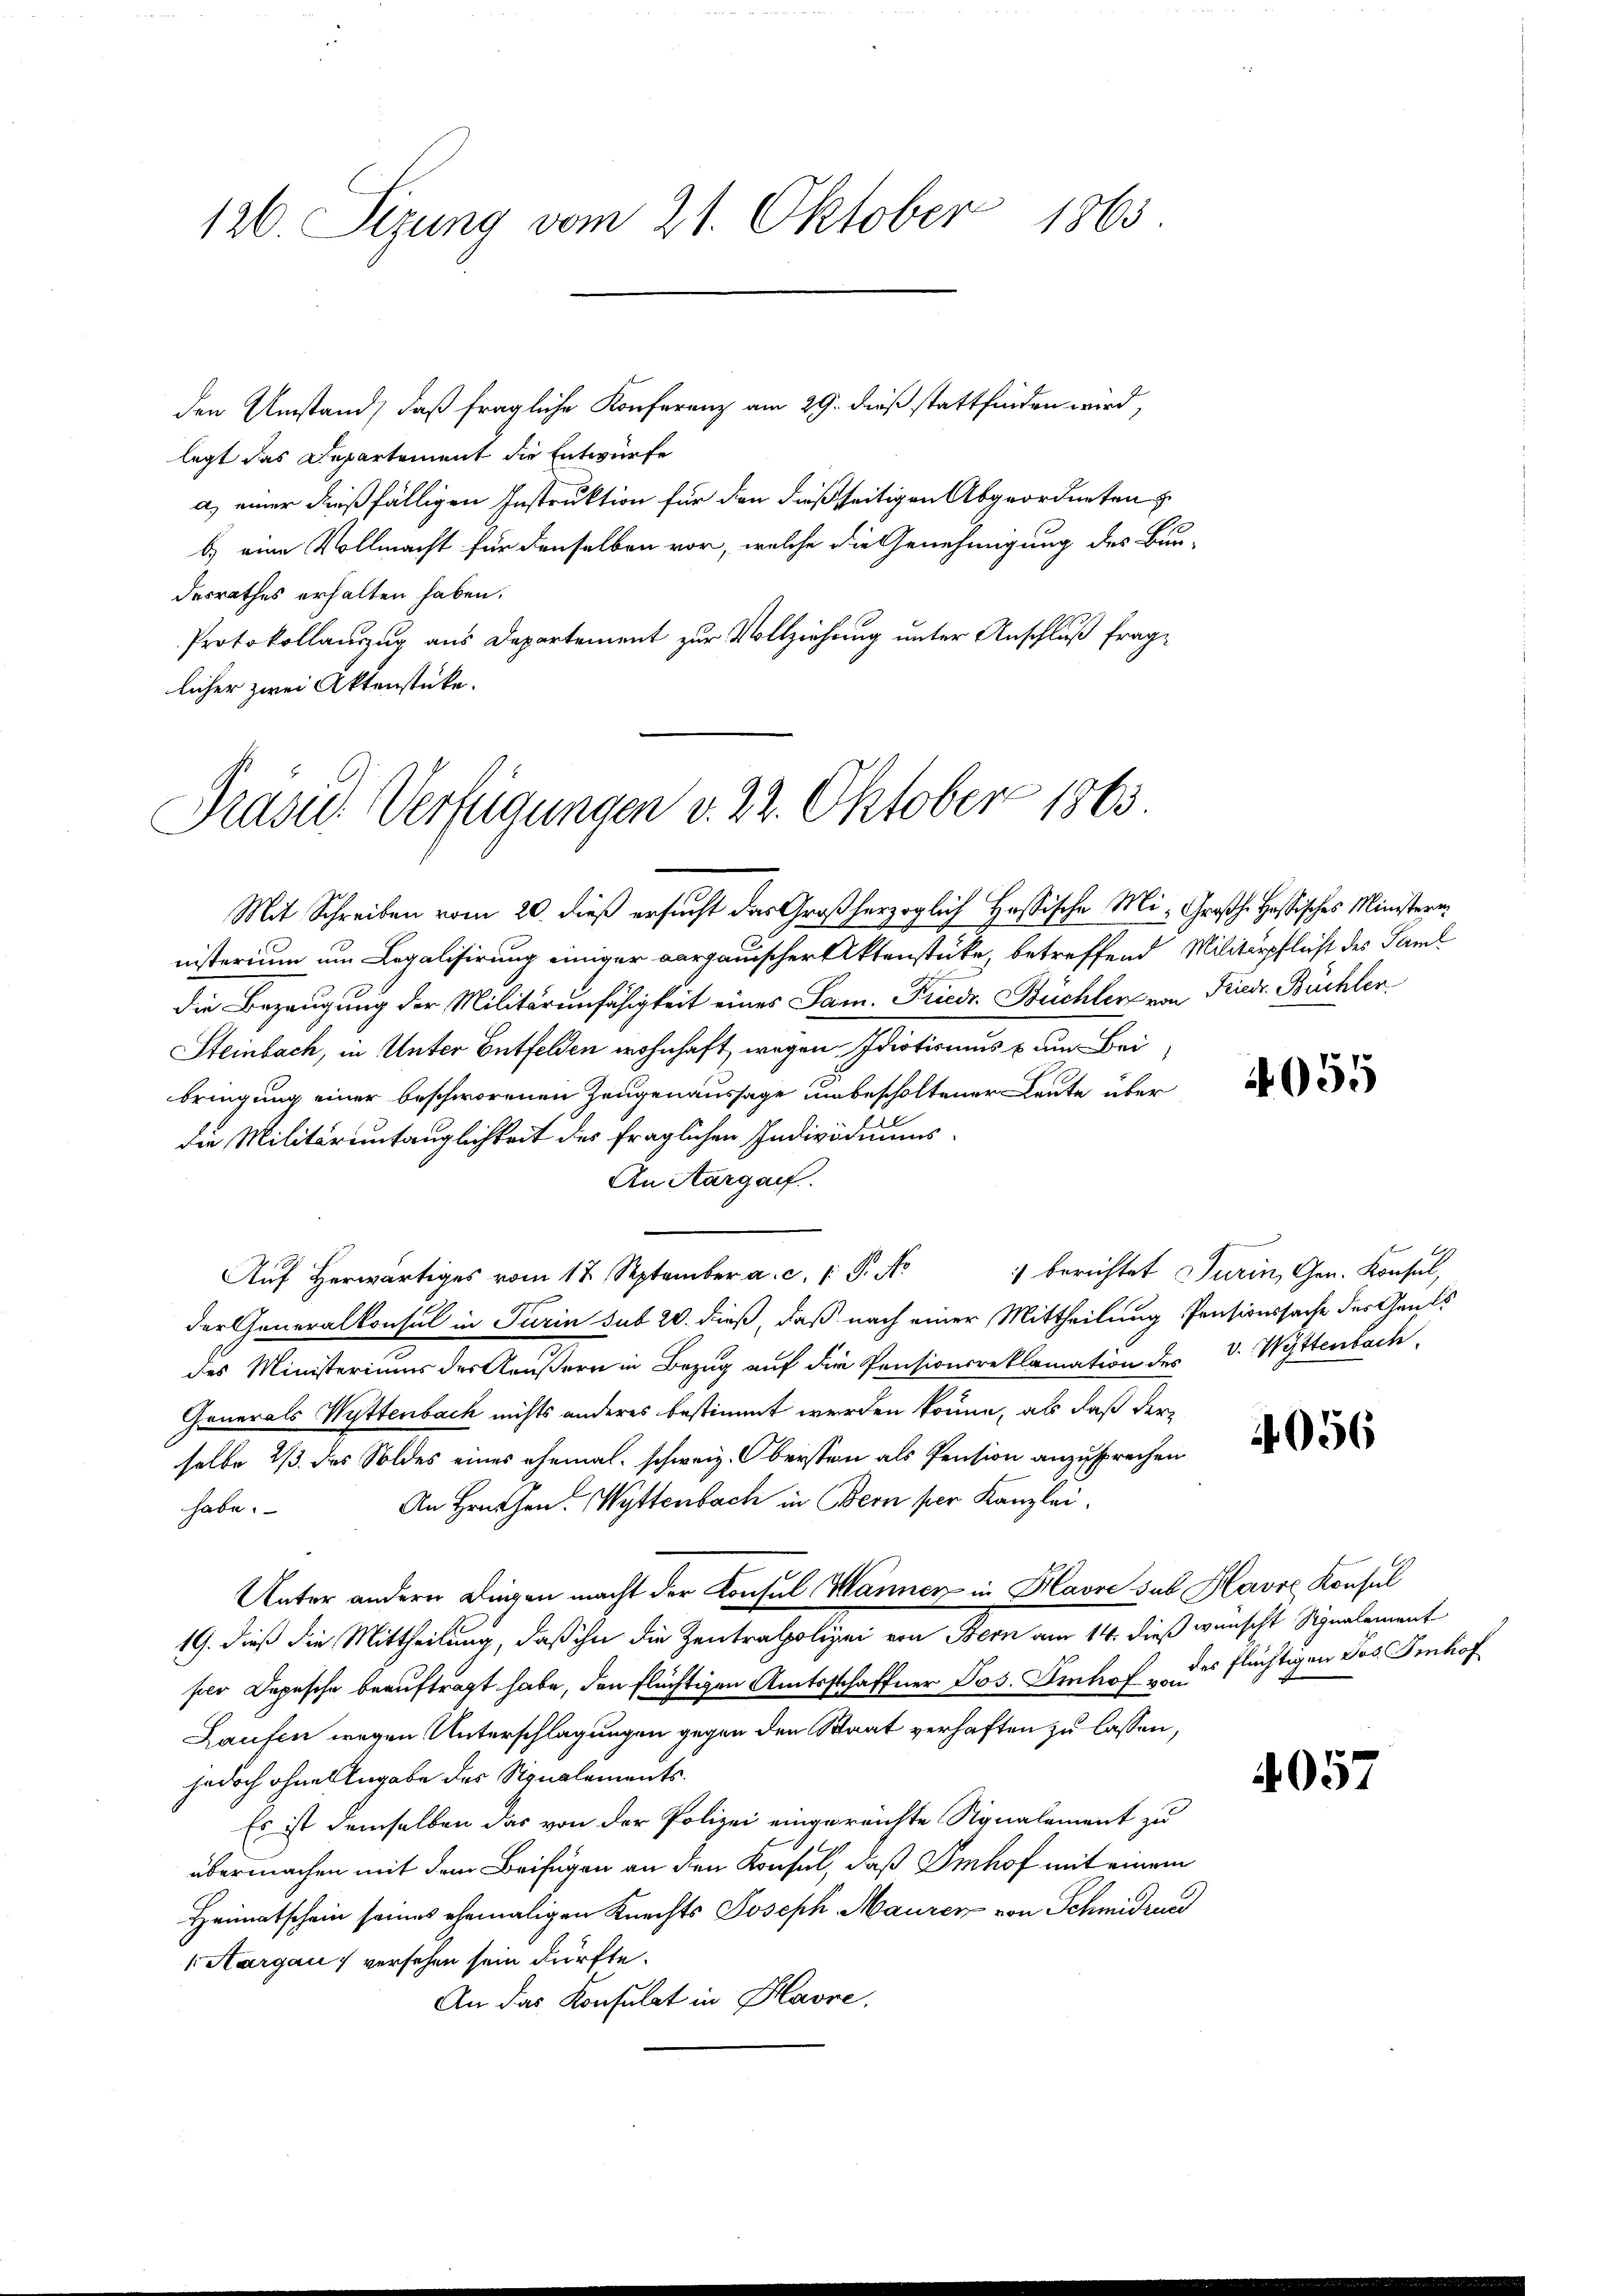
126. Sizung vom 21. Oktober 1863.

den Umstand, daß fragliche Konferenz am 29. dieß stattfinden wird,
legt das Departement die Entwurfe
a) einer dießfälligen Instruktion für den dießseitigen Abgeordneten
b.) eine Vollmacht für denselben vor, welche die Genehmigung des Bun-
desrathes erhalten haben.
Protokollauszug aus Departement zur Vollziehung unter Anschluß fraglicher zwei Aktenstücke.

Präsid.. Verfügungen v. 22. Oktober 1863

Mit Schreiben vom 20. dieß ersucht das Großherzoglich Hassische Mi-Großh. Hassisches Ministeren
nisterium um Legalisirung einiger Aargauischer Aktenstücke, betreffend Militärpflicht des Saml
die Bezeugung der Militärunfähigkeit eines Sam. Friedr. Büchler von Friedr. Büchler¬
Steinbach, in Unter Entfelden wohnhaft, wegen Idiotismus zum Bei
bringung einer beschworenen Zeugenaussage unbescholtener Leute über
die Militärentauglichkeit des fraglichen Individuums-
An Aargauf.
der Generalkonsul in Turin sub 20. dieß, daß nach einer Mittheilung Pensionssache des Gants
des Ministeriums des Aeußern in Bezug auf die Pensionsreklamation des V. Wyttenbach,
Generals Wittenbach nichts anderes bestimmt werden könne, als daß derselbe 2/3 des Soldes eines ehemal schweiz. Obersten als Pension anzusprechen
An Früchen. Wyttenbach in Bern per Kanzlei,
habe.
Unter andern Dingen macht der Konsul Wanner in Havre sub Havre Konsul
19. dieß die Mittheilung, daß ihn die Zentralpolizei von Bern am 14. dieß wünscht Signalement
per Depesche beauftragt habe, den flüchtigen Amtsschaffner Jos. Imhof des flüchtigen Jos. Sennhof
Laufen wegen Unterschlagungen gegen den Staat verhaften zu lassen,
jedoch ohne Angabe des Signalements¬
Es ist demselben das von der Polizei eingereichte Signalement zu
übermachen mit dem Beifügen an den Konsul, daß Imhof mit einem
Heimatschein seines ehemaligen Knechts Joseph Mauren von Schmidruc
 Aargau versehen sein dürfte.
An das Konsulat in Havre,

Aŭf herwärtiges vom 12. September a. c. P. Nr. 1 berichtet Turin, Gen. Konsul,

455

056

4057